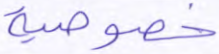
خصوصية